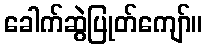
ခေါက်ဆွဲပြုတ်ကျော်။